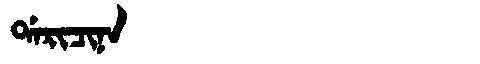
Manchu: ᡩᠠᡵᡳᠴᡳᠨᠠ
Romanization: DARICINA